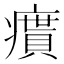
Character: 𤺔